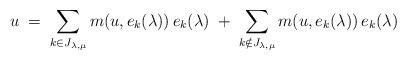
LaTeX: \begin{align*}u\; =\; \sum_{k\in J_{\lambda, \mu}} m(u, e_k(\lambda))\, e_k(\lambda) \; + \; \sum_{k\notin J_{\lambda, \mu}} m(u, e_k(\lambda))\, e_k(\lambda)\end{align*}